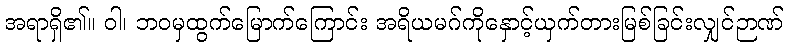
အရာရှိ၏။ ဝါ၊ ဘဝမှထွက်မြောက်ကြောင်း အရိယမဂ်ကိုနှောင့်ယှက်တားမြစ်ခြင်းလျှင်ဉာဏ်